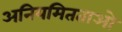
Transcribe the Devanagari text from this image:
अनियमितताओ